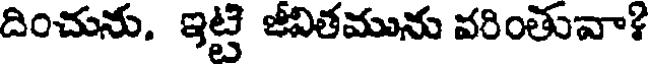
దించును. ఇట్టి జీవితమును వరింతువా?